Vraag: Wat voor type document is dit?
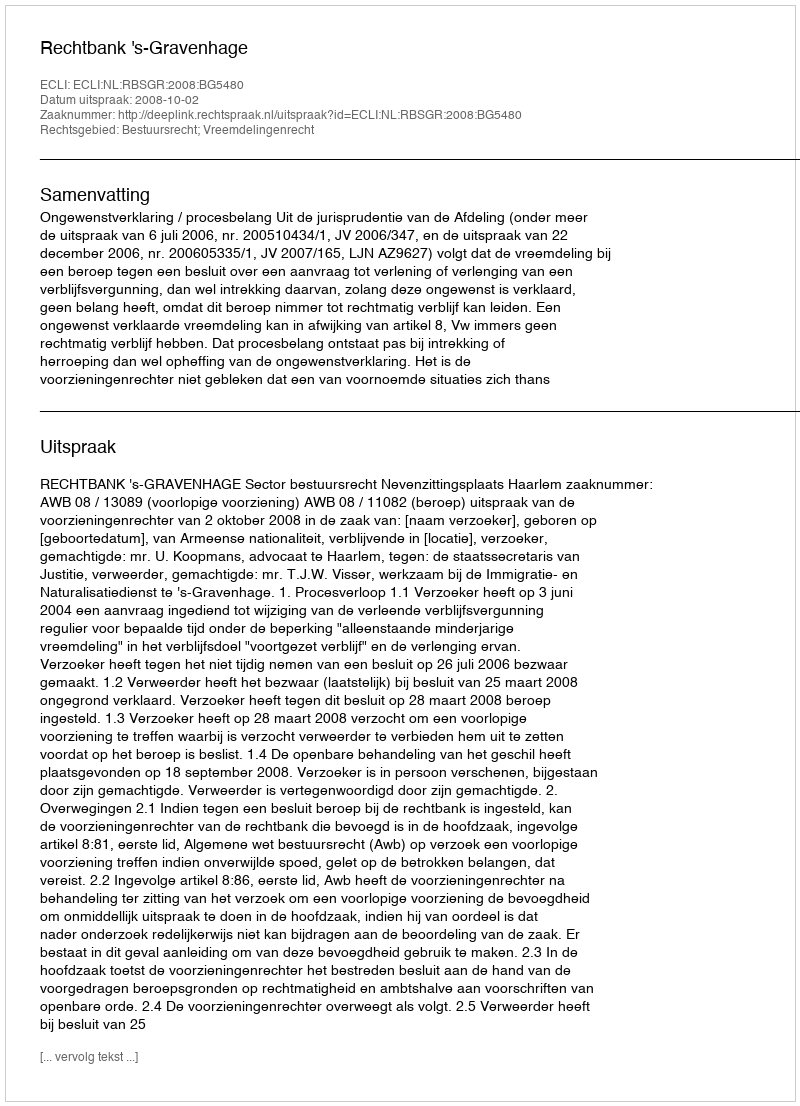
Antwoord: Uitspraak